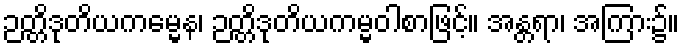
ဉတ္တိဒုတိယကမ္မေန၊ ဉတ္တိဒုတိယကမ္မဝါစာဖြင့်။ အန္တရာ၊ အကြား၌။